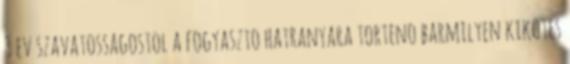
3 ev szavatossagostol a fogyaszto hatranyara torteno barmilyen kikotes